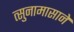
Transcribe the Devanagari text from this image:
त्सुनामासाने